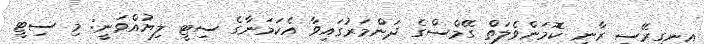
އިނގިރޭސި ރާނީ ކޮމަންވެލަތް ގޭމްސްގެ ދަންމަރުގައިވާ އެކަމަނާގެ ސިޓީ ލިޔުއްވަނީ: މި ސިޓީ